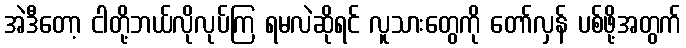
အဲဒီတော့ ငါတို့ဘယ်လိုလုပ်ကြ ရမလဲဆိုရင် လူသားတွေကို တော်လှန် ပစ်ဖို့အတွက်